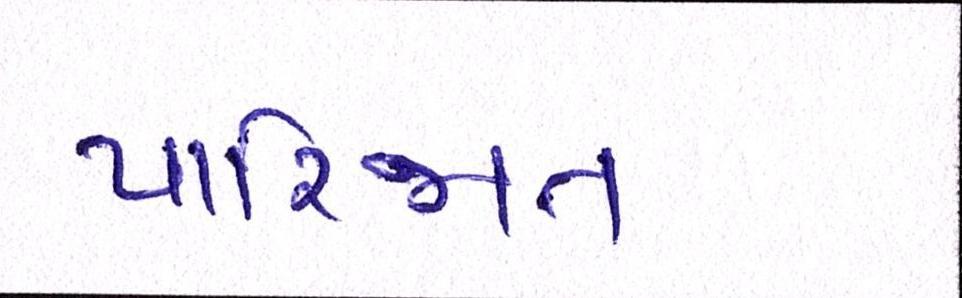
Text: પારિજાત